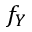
f _ { Y }